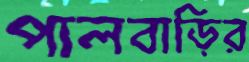
পালবাড়ির